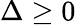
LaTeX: \Delta\geq 0